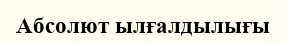
Абсолют ылғалдылығы